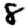
Digit: 8